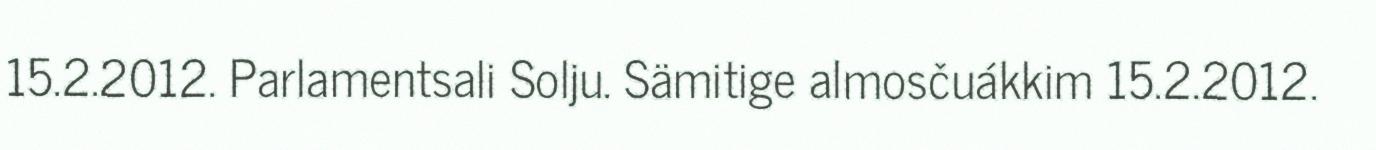
15.2.2012. Parlamentsali Solju. Sämitige almosčuákkim 15.2.2012.